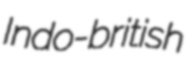
Indo-british